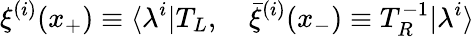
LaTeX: \xi^{(i)}(x_{+})\equiv\langle\lambda^{i}|T_{L},{}~~~~\bar{\xi}^{(i)}(x_{-})\equiv T_{R}^{-1}|\lambda^{i}\rangle